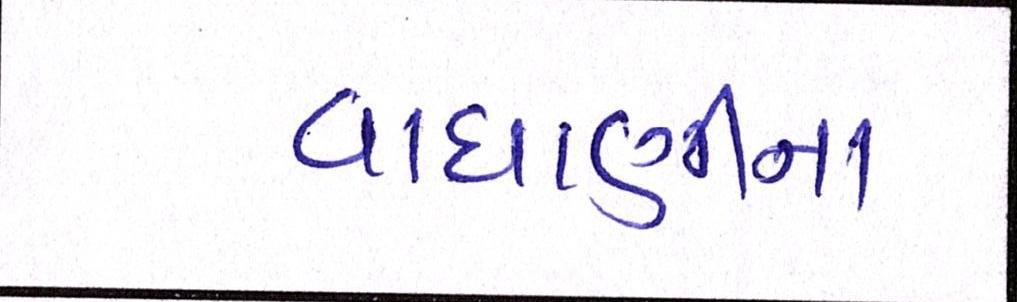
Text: વાઘાણીના